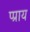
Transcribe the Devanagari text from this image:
प्प्राय